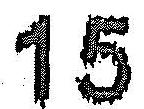
15